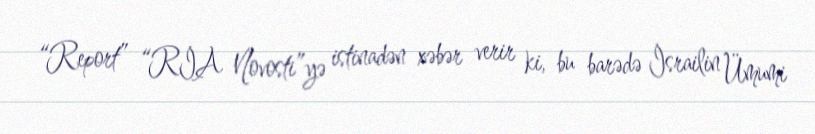
“Report” “RİA Novosti”yə istinadən xəbər verir ki, bu barədə İsrailin Ümumi